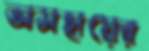
অসহায়ের